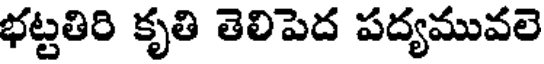
భట్టతిరి కృతి తెలిపెద పద్యమువలె